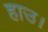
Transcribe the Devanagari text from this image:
हाउ।